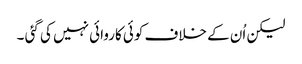
لیکن اُن کے خلاف کوئی کاروائی نہیں کی گئی ۔